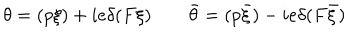
\theta = ( p \xi ) + i e \delta ( F \xi ) \qquad \bar { \theta } = ( p \bar { \xi } ) - i e \delta ( F \bar { \xi } )